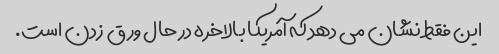
این فقط نشان می دهد که آمریکا بالاخره در حال ورق زدن است.